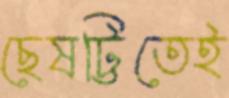
ছেষট্টিতেই